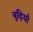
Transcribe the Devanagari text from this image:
बूढ़ियाँ